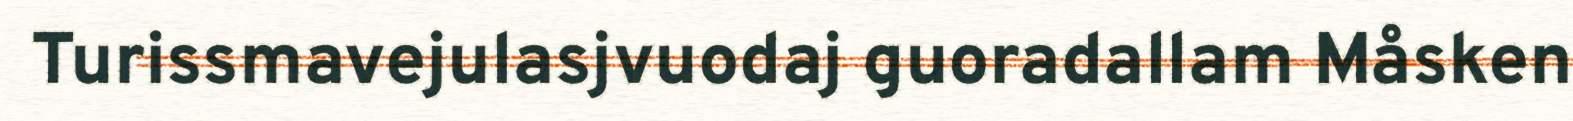
Turissmavejulasjvuodaj guoradallam Måsken